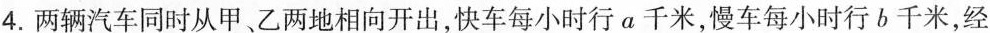
4.两辆汽车同时从甲、乙两地相向开出，快车每小时行a千米，慢车每小时行b千米，经x